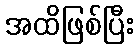
အထိဖြစ်ပြီး